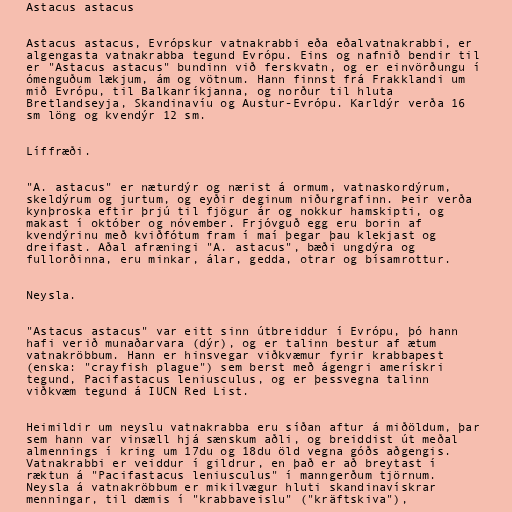
Astacus astacus

Astacus astacus, Evrópskur vatnakrabbi eða eðalvatnakrabbi, er
algengasta vatnakrabba tegund Evrópu. Eins og nafnið bendir til
er "Astacus astacus" bundinn við ferskvatn, og er einvörðungu í
ómenguðum lækjum, ám og vötnum. Hann finnst frá Frakklandi um
mið Evrópu, til Balkanríkjanna, og norður til hluta
Bretlandseyja, Skandinavíu og Austur-Evrópu. Karldýr verða 16
sm löng og kvendýr 12 sm.

Líffræði.

"A. astacus" er næturdýr og nærist á ormum, vatnaskordýrum,
skeldýrum og jurtum, og eyðir deginum niðurgrafinn. Þeir verða
kynþroska eftir þrjú til fjögur ár og nokkur hamskipti, og
makast í október og nóvember. Frjóvguð egg eru borin af
kvendýrinu með kviðfótum fram í maí þegar þau klekjast og
dreifast. Aðal afræningi "A. astacus", bæði ungdýra og
fullorðinna, eru minkar, álar, gedda, otrar og bísamrottur.

Neysla.

"Astacus astacus" var eitt sinn útbreiddur í Evrópu, þó hann
hafi verið munaðarvara (dýr), og er talinn bestur af ætum
vatnakröbbum. Hann er hinsvegar viðkvæmur fyrir krabbapest
(enska: "crayfish plague") sem berst með ágengri amerískri
tegund, Pacifastacus leniusculus, og er þessvegna talinn
viðkvæm tegund á IUCN Red List.

Heimildir um neyslu vatnakrabba eru síðan aftur á miðöldum, þar
sem hann var vinsæll hjá sænskum aðli, og breiddist út meðal
almennings í kring um 17du og 18du öld vegna góðs aðgengis.
Vatnakrabbi er veiddur í gildrur, en það er að breytast í
ræktun á "Pacifastacus leniusculus" í manngerðum tjörnum.
Neysla á vatnakröbbum er mikilvægur hluti skandinavískrar
menningar, til dæmis í "krabbaveislu" ("kräftskiva"),